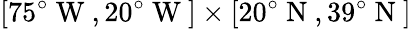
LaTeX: [75^{\circ}\mathrm{~W~},20^{\circ}\mathrm{~W~}]\times[20^{\circ}\mathrm{~N~},39^{\circ}\mathrm{~N~}]